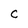
Character: c